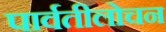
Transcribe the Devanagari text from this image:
पार्वतीलोचन